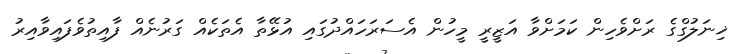
ޚިނަލުގްގެ ރަށްވެހިން ކަމަށްވާ އަޒީރީ މީހުން އެސަރަހައްދުގައި އުޅޭތާ އެތަކެއް ގަރުނެއް ފާއިތުވެފައިވާއިރު